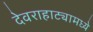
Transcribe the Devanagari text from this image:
देवराहाट्यामध्ये